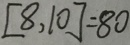
[ 8 , 1 0 ] = 8 0